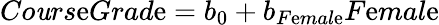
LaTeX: Co\mathit{u}rs\mathrm{e}Grad\mathrm{e}=b_{0}+b_{F\mathrm{e}mal\mathrm{e}}F\mathrm{e}mal\mathrm{e}